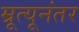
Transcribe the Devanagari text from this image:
म्रूत्यूनंतर